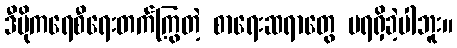
ဒီမိုကရေစီရေးတက်ကြွတဲ့ စာရေးဆရာတွေ မရရှိခဲ့ပါဘူး။